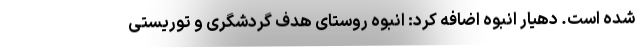
شده است. دهیار انبوه اضافه کرد: انبوه روستای هدف گردشگری و توریستی